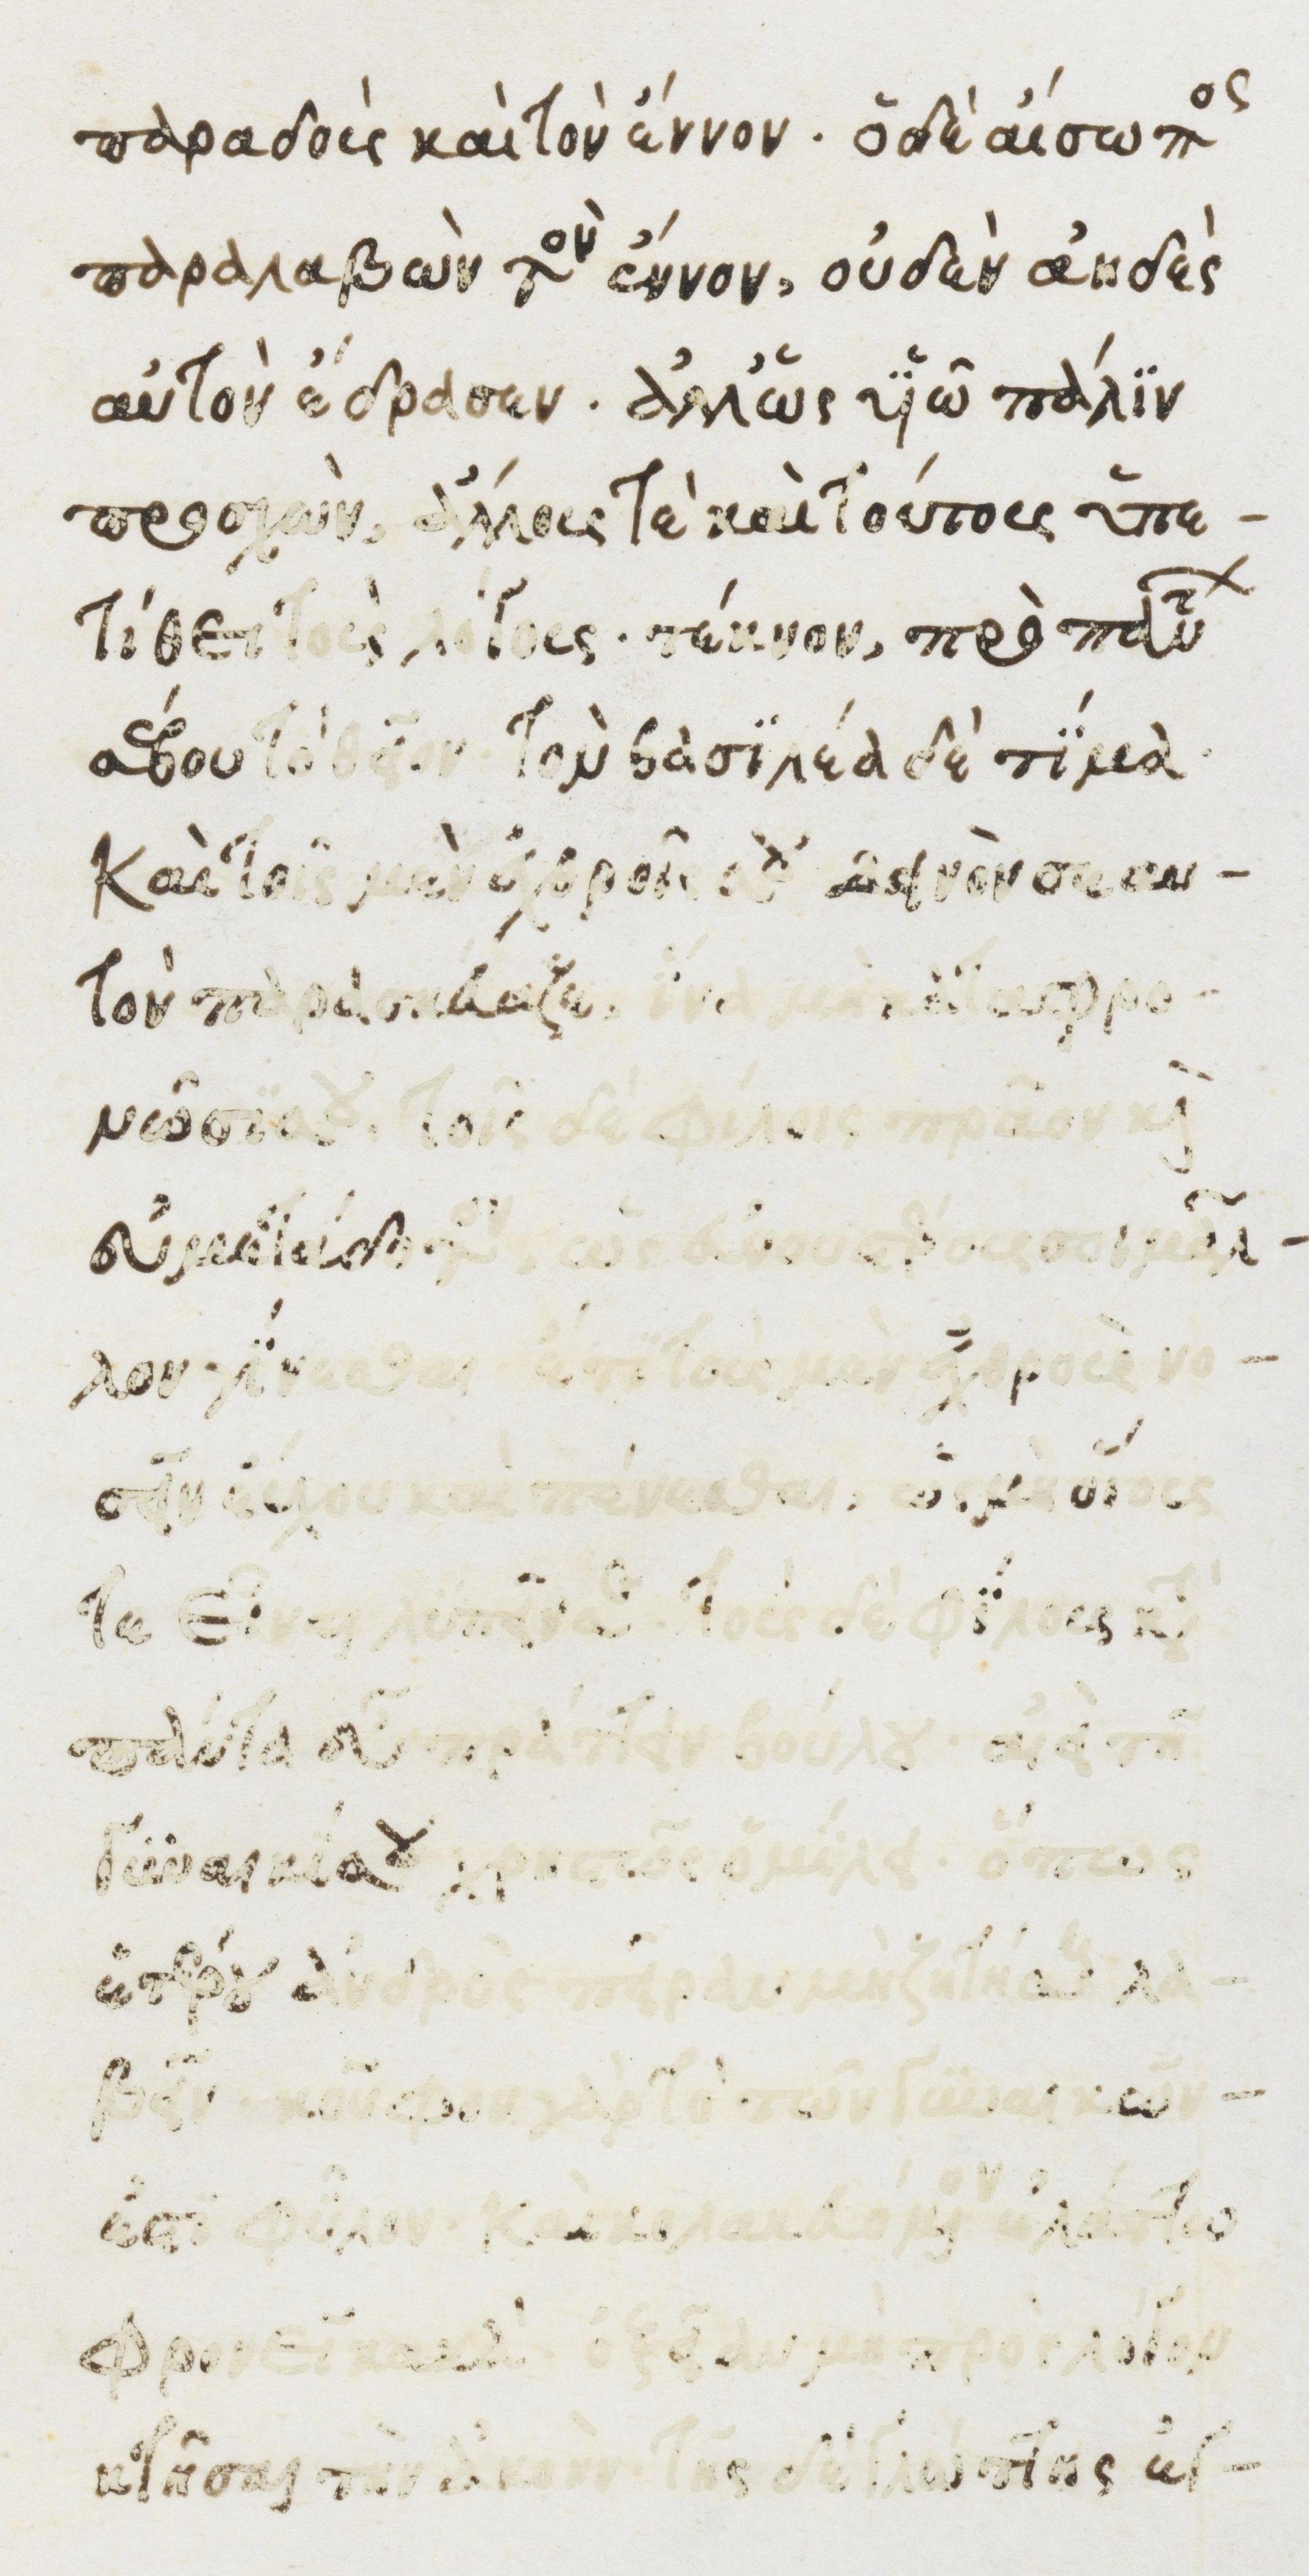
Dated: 1482–1485